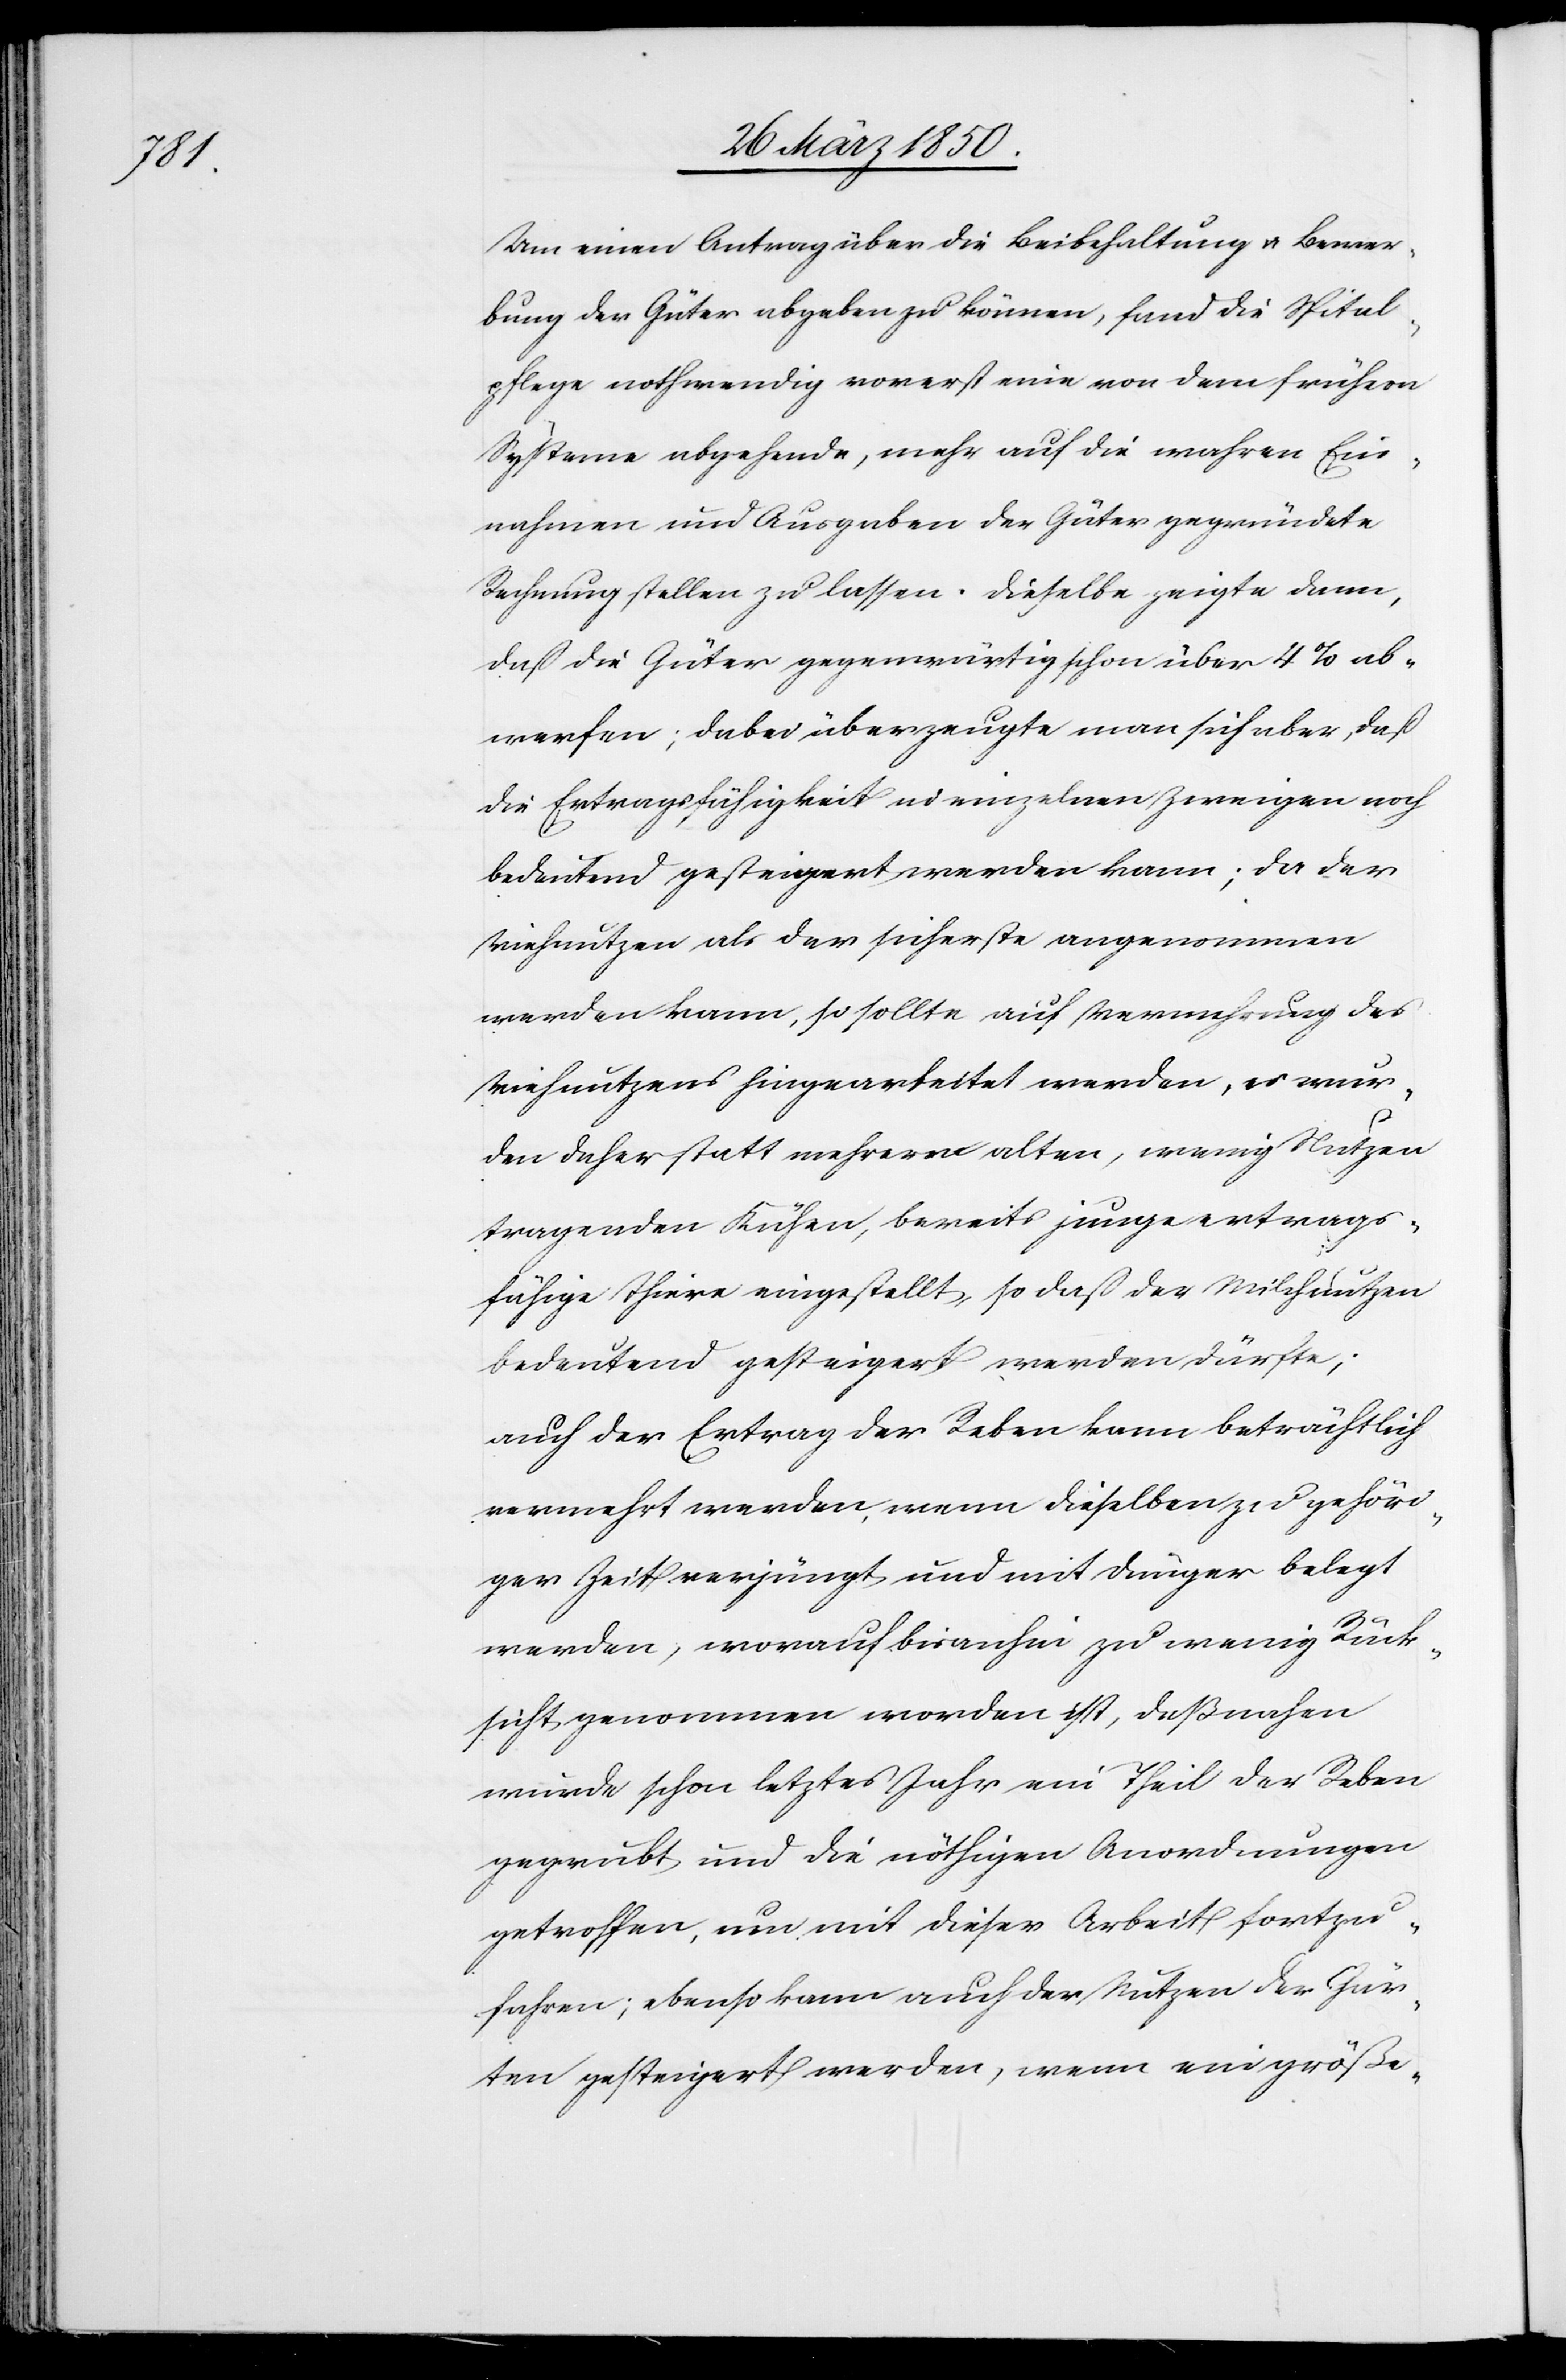
Um einen Antrag über die Beibehaltung u. Bewer¬
bung der Güter abgeben zu können, fand die Spital¬
pflege nothwendig vorerst eine von dem frühern
Systeme abgehende, mehr auf die wahren Ein¬
nahmen und Ausgaben der Güter gegründete
Rechnung stellen zu lassen. Dieselbe zeigte dann,
daß die Güter gegenwärtig schon über 4 % ab¬
werfen; daher überzeugte man sich aber, daß
die Ertragsfähigkeit in einzelnen Zweigen noch
bedeutend gesteigert werden kann; da der
Viehnutzen als der sicherste angenommen
werden kann, so sollte auf Vermehrung des
Viehnutzens hingearbeitet werden, es wur¬
den daher statt mehrern alten, wenig Nutzen
tragenden Kühen, bereits junge ertrags¬
fähige Thiere eingestellt, so daß der Milchnutzen
bedeutend gesteigert werden dürfe;
auch der Ertrag der Reben kann beträchtlich
vermehrt werden, wenn dieselben zu gehöri¬
ger Zeit verjüngt und mit Dünger belegt
werden, worauf bisanhin zu wenig Rück¬
sicht genommen worden ist, deßnahen
wurde schon letztes Jahr ein Theil der Reben
gegrubt und die nöthigen Anordnungen
getroffen, um mit dieser Arbeit fortzu¬
fahren; ebenso kann auch der Nutzen der Gür¬
ten gesteigert werden, wenn ein größe-